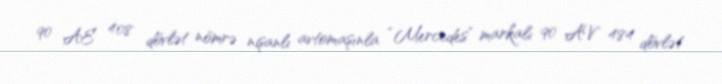
90 AE 408 dövlət nömrə nişanlı avtomaşınla “Mercedes” markalı 90 AV 484 dövlət